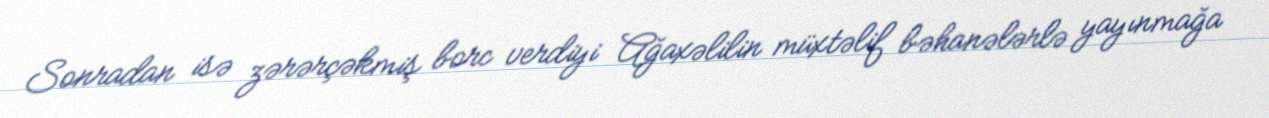
Sonradan isə zərərçəkmiş borc verdiyi Ağaxəlilin müxtəlif bəhanələrlə yayınmağa